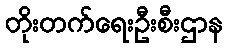
တိုးတက်ရေးဦးစီးဌာန